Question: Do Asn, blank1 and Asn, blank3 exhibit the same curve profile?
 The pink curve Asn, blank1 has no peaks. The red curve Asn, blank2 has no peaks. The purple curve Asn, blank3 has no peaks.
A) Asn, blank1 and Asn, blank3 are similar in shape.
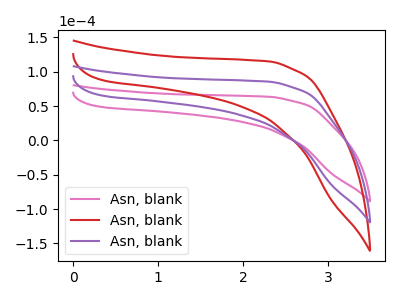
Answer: <think>Neither "Asn, blank1" or "Asn, blank3" have any peaks.
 </think>
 <answer>A) "Asn, blank1" and "Asn, blank3" are similar in shape.</answer>
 <eval>A</eval>